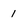
Character: 1